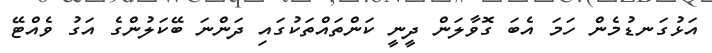
އަޅުގަނޑުމެން ހަމަ އެބަ ގޮވާލަން ދީނީ ކަންތައްތަކުގައި ދަންނަ ބޭކަލުންގެ އަގު ވެއްޓޭ